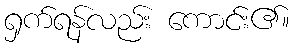
ရှက်ရန်လည်း ကောင်း၏။